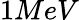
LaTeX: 1MeV